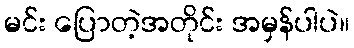
မင်း ပြောတဲ့အတိုင်း အမှန်ပါပဲ။